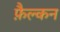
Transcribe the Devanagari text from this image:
फ़ैल्कन